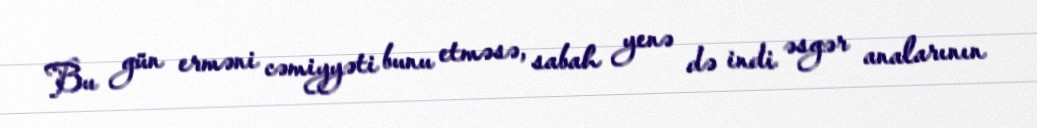
Bu gün erməni cəmiyyəti bunu etməsə, sabah yenə də indi əsgər analarının